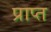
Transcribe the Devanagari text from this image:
प्राप्त